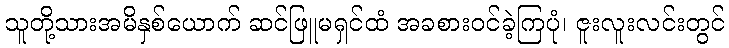
သူတို့သားအမိနှစ်ယောက် ဆင်ဖြူမရှင်ထံ အခစားဝင်ခဲ့ကြပုံ၊ ဇူးလူးလင်းတွင်